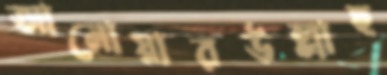
আনোয়ারউল্লাহ